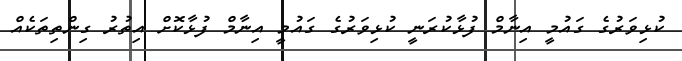
ކުޅިވަރުގެ ގައުމީ އިނާމް ފުޅާކުރަނީ ކުޅިވަރުގެ ގައުމީ އިނާމް ފުޅާކޮށް އިތުރު ގިންތިތަކެއް